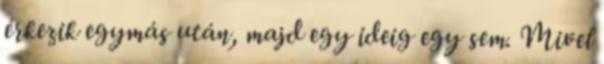
érkezik egymás után, majd egy ideig egy sem. Mivel